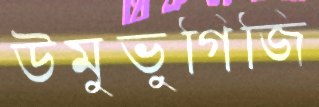
উমুভুগিজি